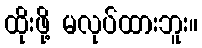
ထိုးဖို့ မလုပ်ထားဘူး။